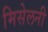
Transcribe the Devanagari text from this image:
मिसेलनी